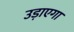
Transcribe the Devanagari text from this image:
उड़ाएगा